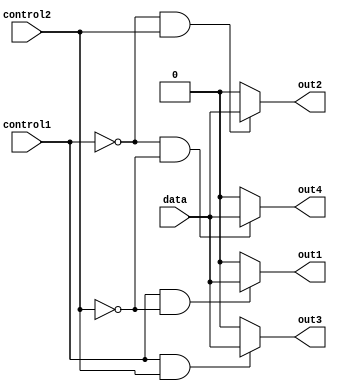
module demux(
    input data,
    input control1,
    input control2,
    output out1,
    output out2,
    output out3,
    output out4
);

assign out1 = (control1 & ~control2) ? data : 1'b0;
assign out2 = (~control1 & control2) ? data : 1'b0;
assign out3 = (control1 & control2) ? data : 1'b0;
assign out4 = (~control1 & ~control2) ? data : 1'b0;

endmodule